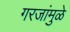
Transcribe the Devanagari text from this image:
गरजांमुळे